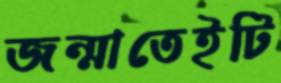
জন্মাতেইটি